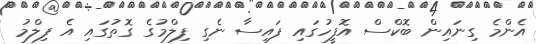
އެންމެ ގިނައިން ބޮކްސް އޮފީހުގައި ފައިސާ ނެގި ފިލްމުގެ ގޮތުގައި އެ ފިލްމު